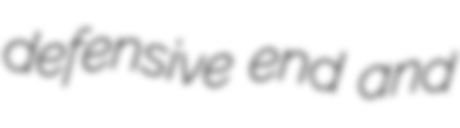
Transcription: defensive end and